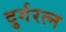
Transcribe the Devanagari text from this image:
दुर्गरत्‍न